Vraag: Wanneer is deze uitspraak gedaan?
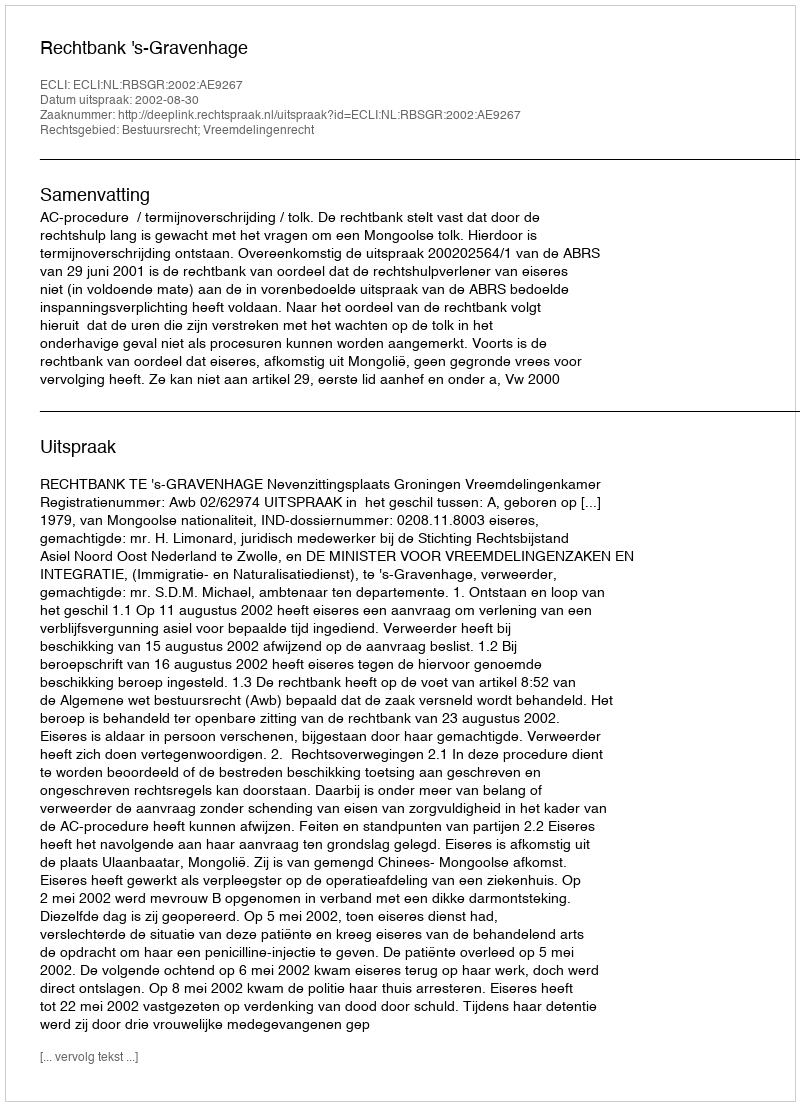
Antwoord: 2002-08-30